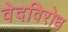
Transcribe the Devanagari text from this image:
वेदविरोध